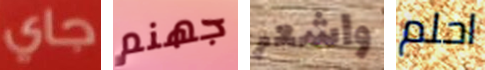
جاي جهنم واشعر احلم